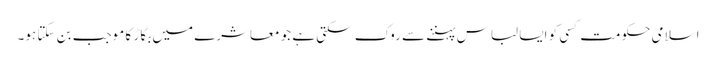
اسلامی حکومت کسی کو ایسا لباس پہننے سے روک سکتی ہے جو معاشرے میں بگاڑ کا موجب بن سکتا ہو۔